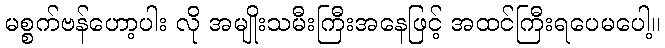
မစ္စက်ဗန်ဟော့ပါး လို အမျိုးသမီးကြီးအနေဖြင့် အထင်ကြီးရပေမပေါ့။